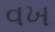
વખ